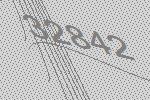
32842